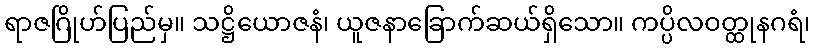
ရာဇဂြိုဟ်ပြည်မှ။ သဋ္ဌိယောဇနံ၊ ယူဇနာခြောက်ဆယ်ရှိသော။ ကပ္ပိလဝတ္ထုနဂရံ၊